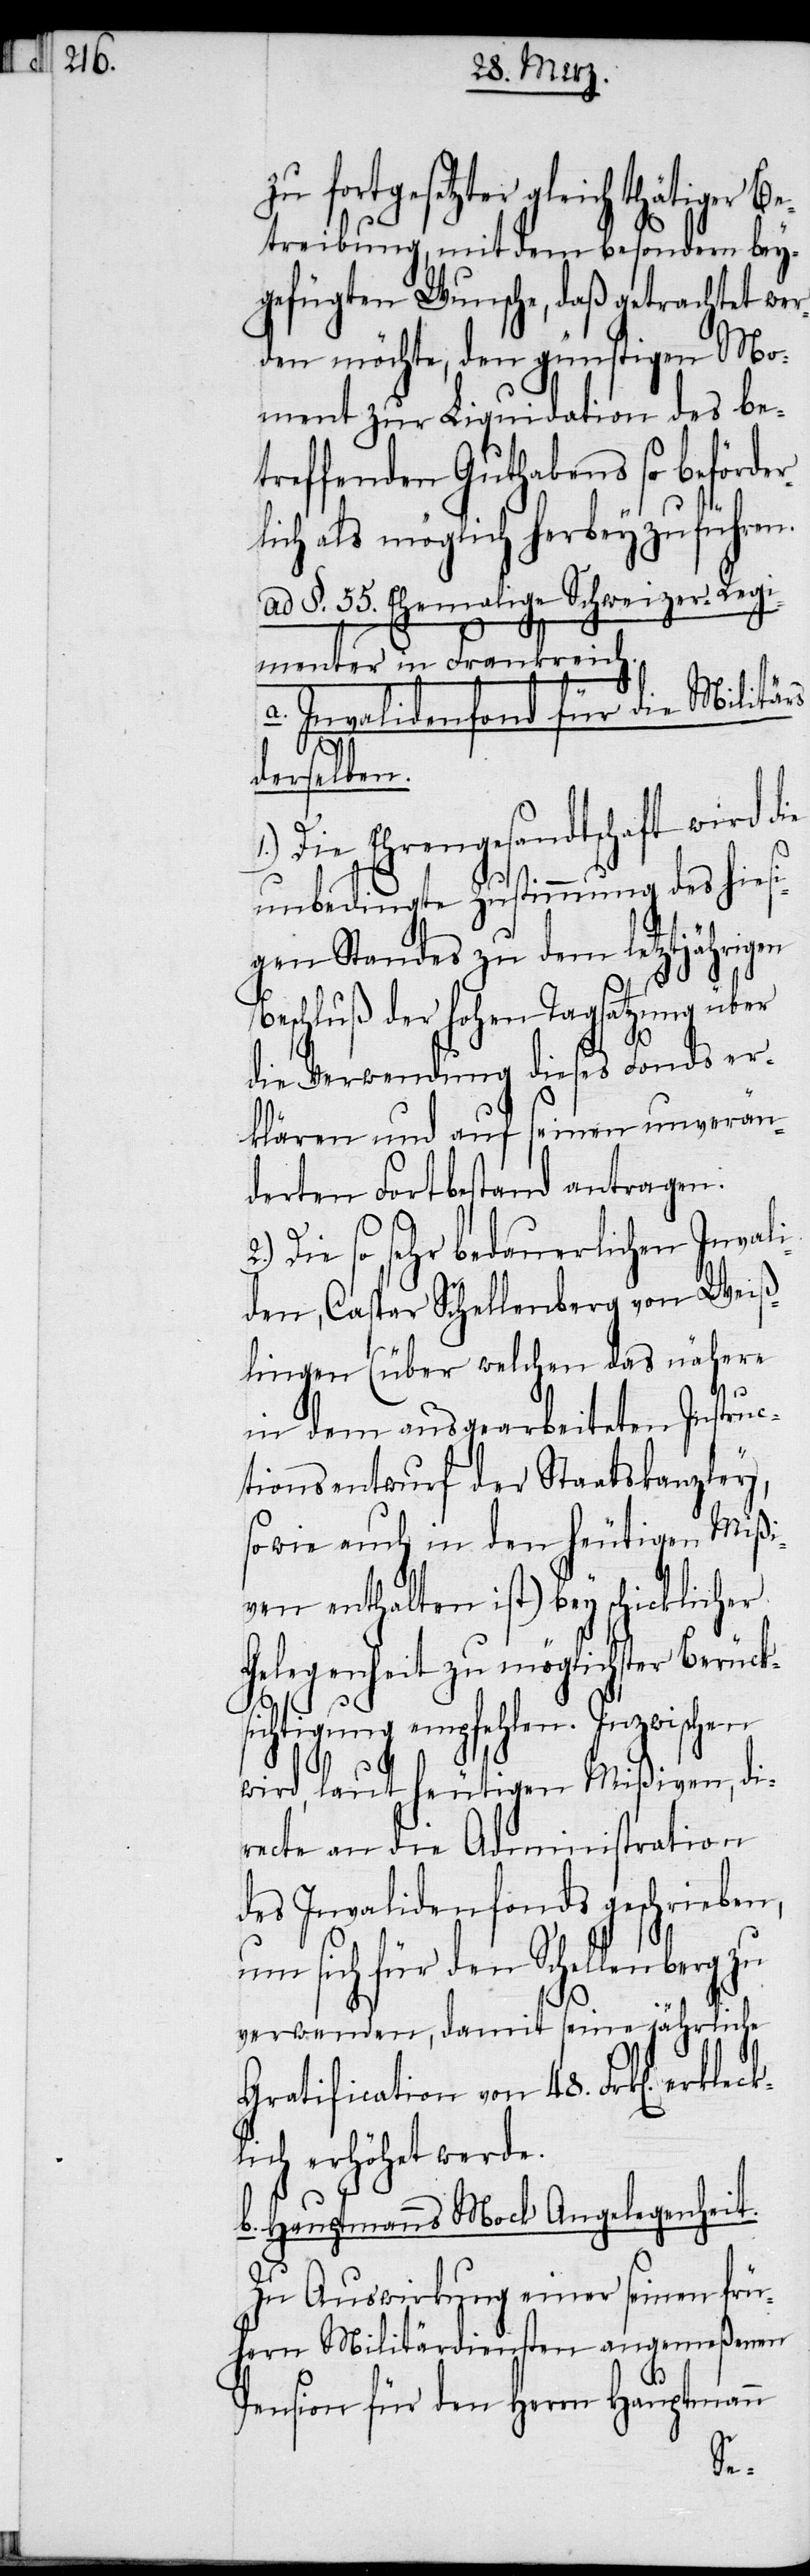
zu fortgesetzter gleichthätiger Be¬
treibung, mit dem besondern bey¬
gefügten Wunsche, daß getrachtet wer¬
den möchte, den günstigen Mo¬
ment zur Liquidation des b¬
treffenden Guthabens so beförde¬
chweizer-Regi¬
leck¬
ad §. 55. Ehemalige S¬
menter in Frankreich.
a. Invalidenfond für die Mil¬
itärs
derselben.
1.) Die Ehrengesandtschaft wird
unbedingte Zustimmung des hi¬
gen Standes zu dem letztjährigen
Beschluß der hohen Tagsatzung über
die Verwendung dieses Fonds er¬
unverän¬
klären und auf seinen
derten Fortbestand antragen.
Die so sehr bedauerlichen Inv¬
den, Caspar Schellenberg von Weiß¬
lingen (über welchen das nähere
in dem ausgearbeiteten Instruc¬
tionsentwurf der Staatskanzley,
sowie auch in den heutigen Miß¬
iven enthalten ist) bey schicklicher
Gelegenheit zu möglichster Berück¬
chtigung empfehlen. Inzwischen
wird, laut heutigen Mißiven, di¬
recte an die Administration
des Invalidenfonds geschrieben,
um sich für den Schellenberg
verwenden, damit seine jährliche
Gratification von 48. Frk[en]. erk¬
lich erhöhet werde.
b. Hauptmanns Mock Angelegenheit.
Zu Auswirkung einer seinen frü¬
hern Militärdiensten angemeßenen
Pension für den Herrn Hauptmann
si¬